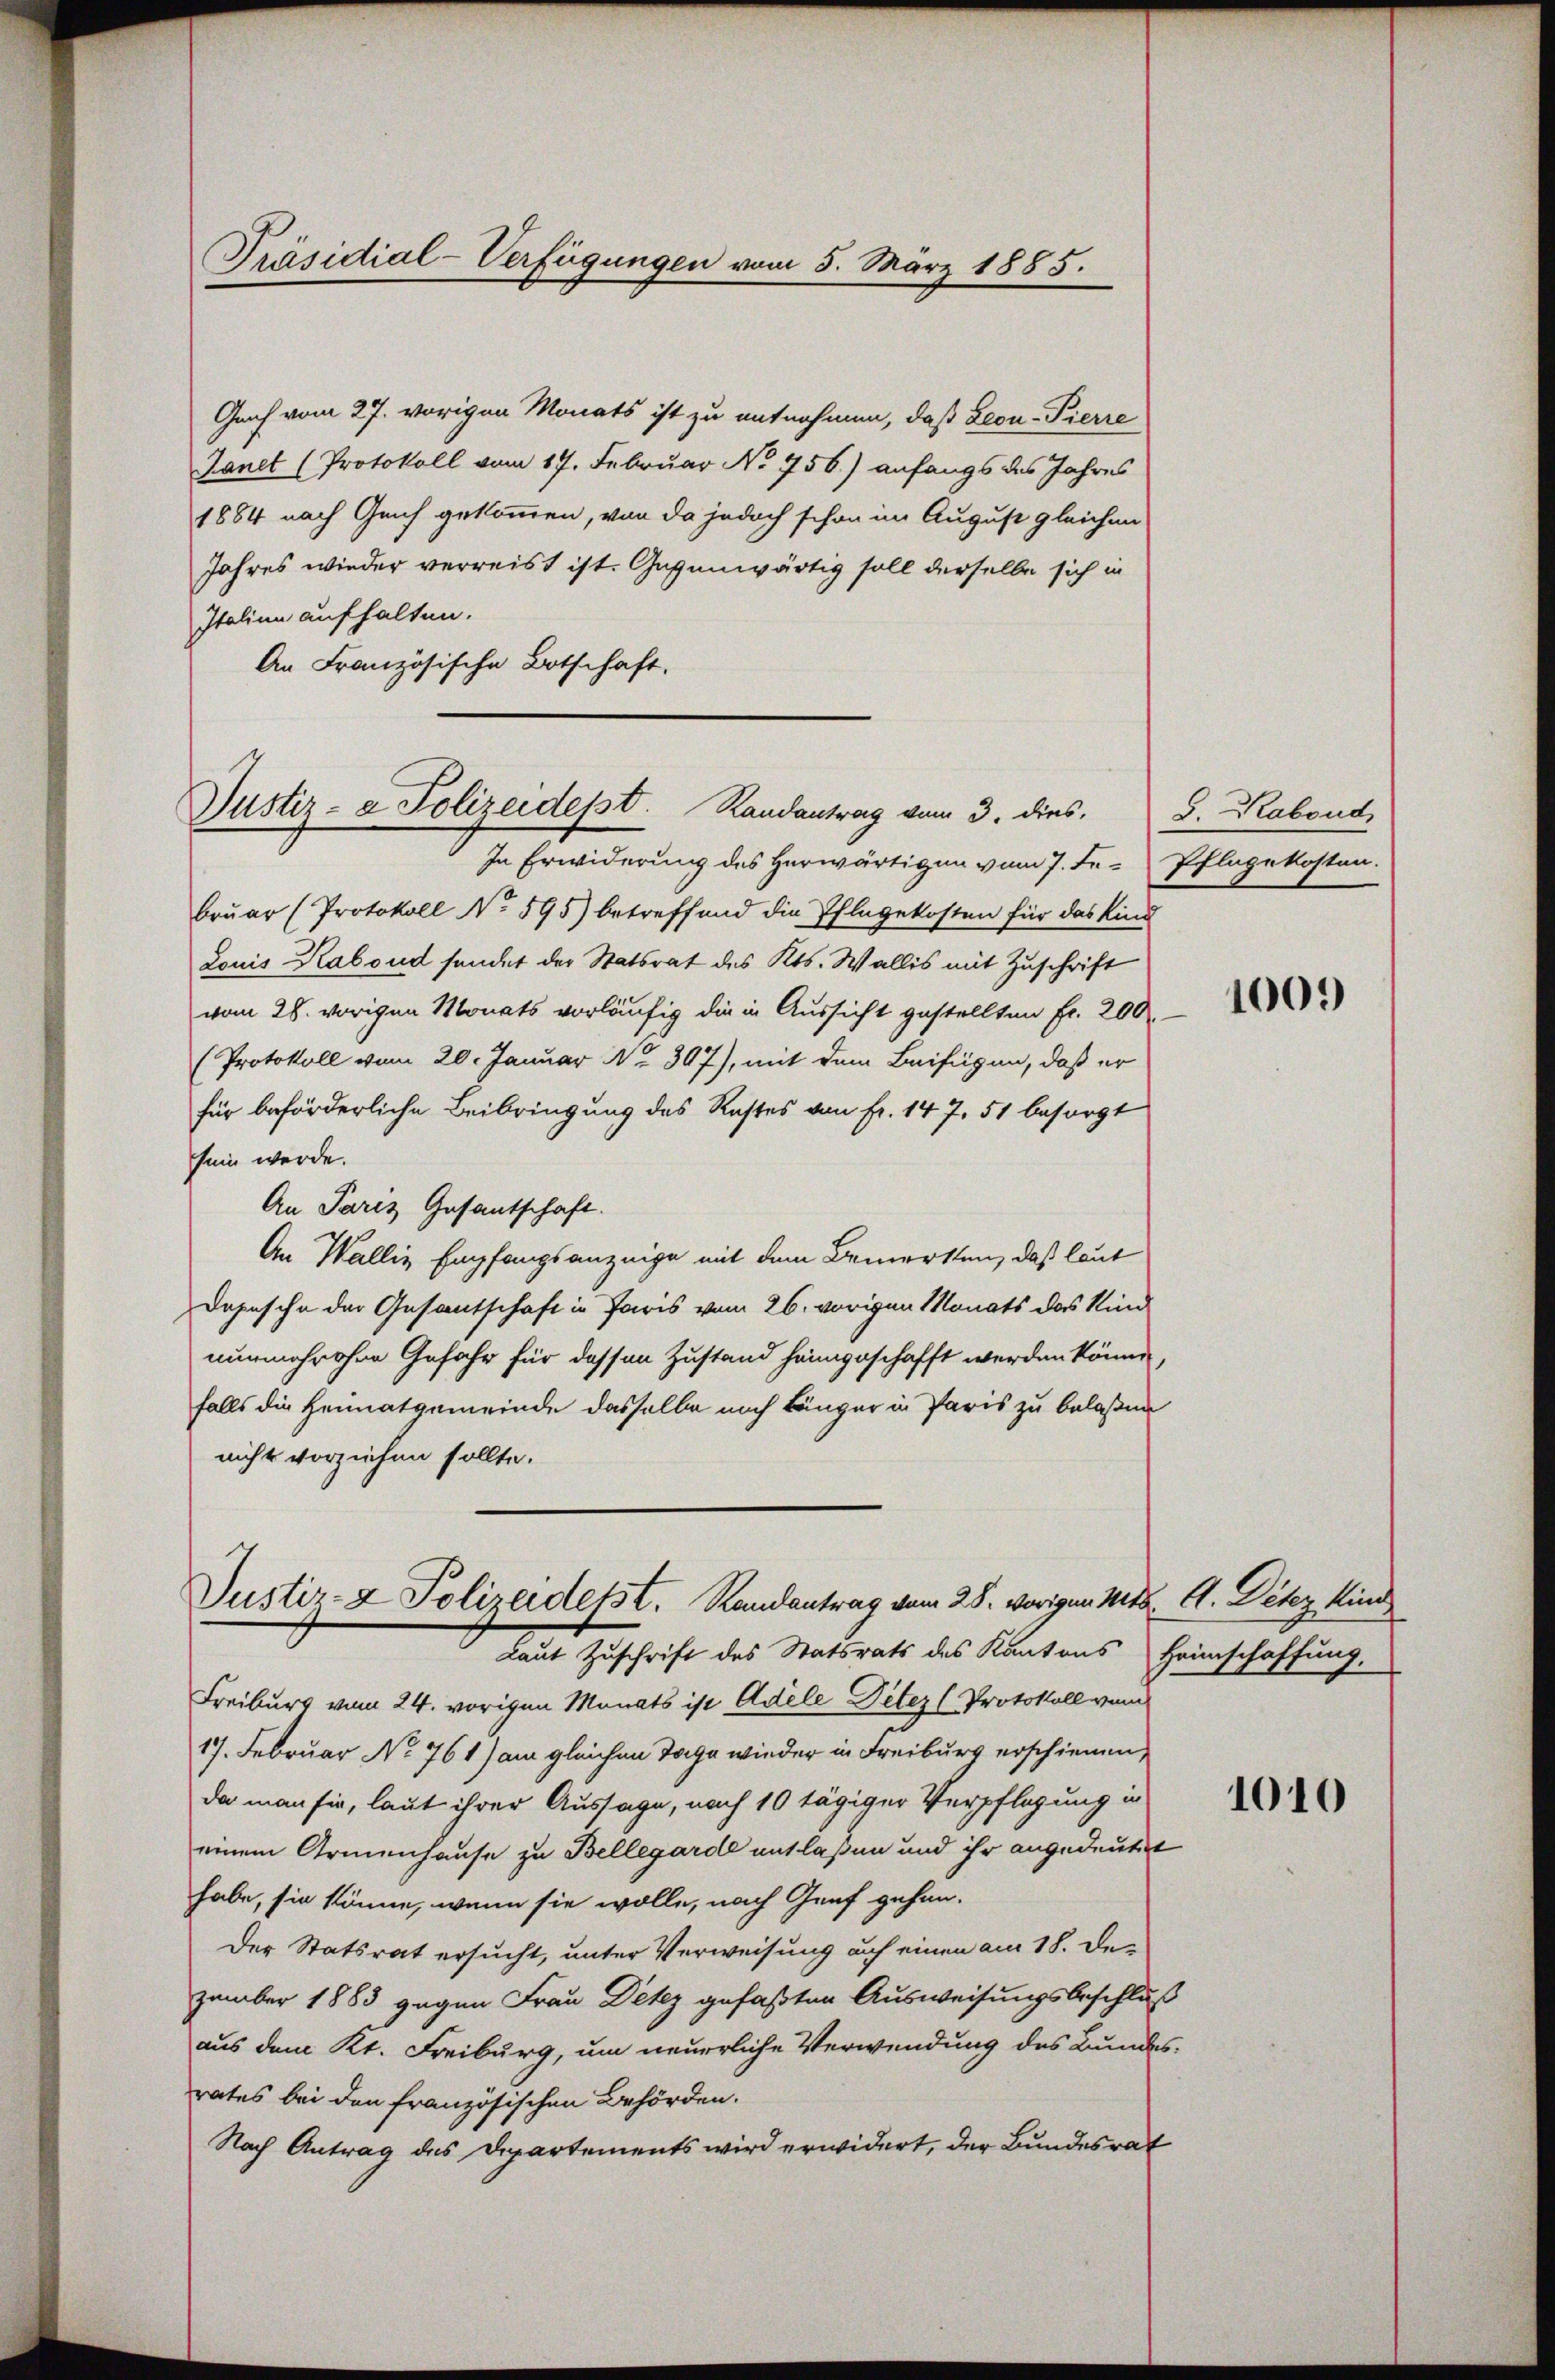
Präsidial-Verfügungen vom 5. März 1885.

Geh vom 27. vorigen Monats ist zu entnehmen, daß Leon-Pierre
Janet (Protokoll vom 19. Februar No. 756) anfangs des Jahres
1884 nach Genf gekommen, von da jedoch schon im August gleichen
Jahres wieder verreist ist. Gegenwärtig soll derselbe sich in
Italien aufhalten.
An Französische Botschaft.

In Erwiderung des Herwärtigen vom 7. Fr. Pflugekosten.
bruar (Protokoll No 595) betreffend die Pflegekosten für das Kind
Louis Kabond sendet der Statsrat des Kts. Wallis mit Zuschrift
vom 28. vorigen Monats vorläufig die in Aussicht gestellten Fr. 200
(Protokoll vom 20. Januar Nr. 307), mit dem Beifügen, daß er
für beförderliche Beibringung des Restes von fr. 147. 51 besorgt
sein werde.
An Paris Gesantschaft.
An Wallis Empfangsanzeige mit dem Bemerken, daß laut
Dopische der Gesantschaft in Paris vom 26. vorigen Monats das Kind
nunmehr ohne Gefahr für dessen Zustand heimgeschafft werden könne,
falls die Heimatgemeinde dasselbe noch länger in Paris zu belaßen
nicht vorziehen sollte.
Dustiz- & Polizeidetst. Randantrag vom 28. vorigen Mits. A. Detez kind
Laut Zuschrift des Statsrats des Kantons Heimschaffung,
Freiburg vom 24. vorigen Monats ist Adele Deter (Protokoll vom
17. Februar No 761) am gleichen Tage wieder in Freiburg erschienen,
da man sie, laut ihrer Aussage, nach 10 tägiger Verpflegung in
einem Armenhause zu Bellegarde entlaßen und ihr angedeutet
habe, sie könne, wenn sie wolle, nach Genf gehen.
Der Statsrat ersucht, unter Verweisung auf einen am 18. Dezember 1883 gegen Frau Detez gefaßten Ausweisungsbeschluß
aus dem Kt. Freiburg, um neuerliche Verwendung des Bundes-
rates bei den französischen Behörden.
Nach Antrag des Departements wird erwidert, der Bundesrat

Justiz- & Polizeidept. Randantrag vom 3. dies

5. Rabend

1009

1010